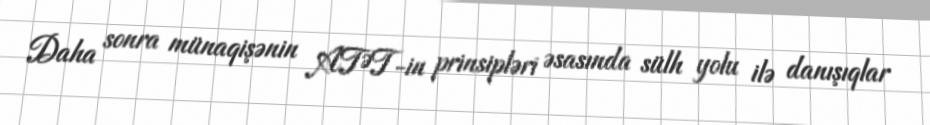
Daha sonra münaqişənin ATƏT-in prinsipləri əsasında sülh yolu ilə danışıqlar